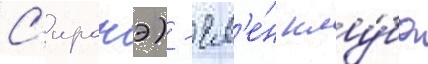
С'иронэ) - чл'е́н клу́ба